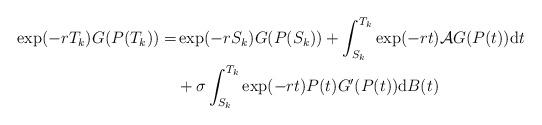
LaTeX: \begin{align*}\begin{aligned}\exp(-rT_k)G(P(T_k))=&\exp(-rS_k)G(P(S_k))+\int_{S_k}^{T_k}\exp(-rt)\mathcal{A}G(P(t))\mathrm{d}t\\&+\sigma\int_{S_k}^{T_k}\exp(-rt)P(t)G'(P(t))\mathrm{d}B(t)\end{aligned}\end{align*}